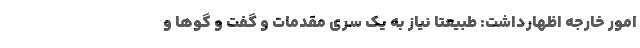
امور خارجه اظهارداشت: طبیعتاً نیاز به یک سری مقدمات و گفت و گوها و